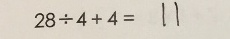
2 8 \div 4 + 4 = 1 1